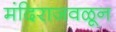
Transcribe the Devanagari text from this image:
मंदिराजवळून